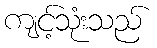
ကျင့်သုံးသည်